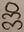
Text: 330